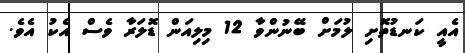
އެއީ ކަނޑުތޮށި ލުމަށް ބޭނުންވާ 12 މިލިއަން ޑޮލަރާ ވެސް އެކު އެވެ.